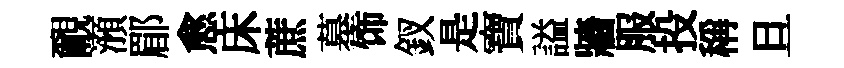
覼澦郿愈床蔗墓饰釵是寶謚牆服投稱旦